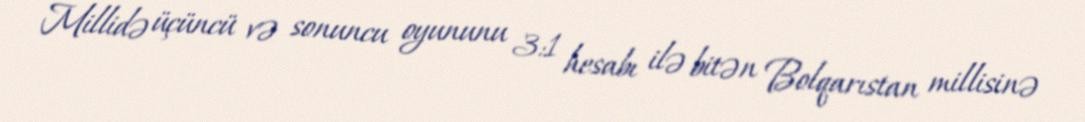
Millidə üçüncü və sonuncu oyununu 3:1 hesabı ilə bitən Bolqarıstan millisinə